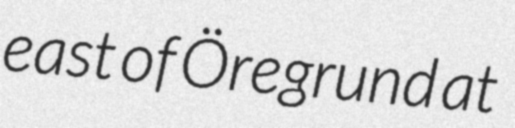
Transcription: east of Öregrund at